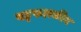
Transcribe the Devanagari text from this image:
षड्फलकीय